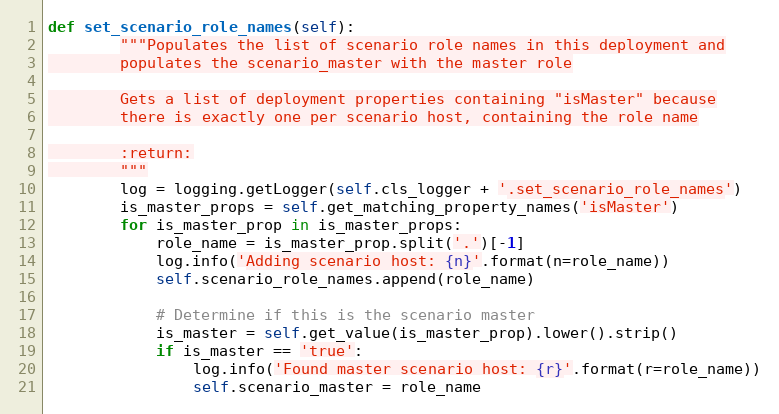
Language: Python
def set_scenario_role_names(self):
        """Populates the list of scenario role names in this deployment and
        populates the scenario_master with the master role

        Gets a list of deployment properties containing "isMaster" because
        there is exactly one per scenario host, containing the role name

        :return:
        """
        log = logging.getLogger(self.cls_logger + '.set_scenario_role_names')
        is_master_props = self.get_matching_property_names('isMaster')
        for is_master_prop in is_master_props:
            role_name = is_master_prop.split('.')[-1]
            log.info('Adding scenario host: {n}'.format(n=role_name))
            self.scenario_role_names.append(role_name)

            # Determine if this is the scenario master
            is_master = self.get_value(is_master_prop).lower().strip()
            if is_master == 'true':
                log.info('Found master scenario host: {r}'.format(r=role_name))
                self.scenario_master = role_name